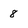
Character: 8